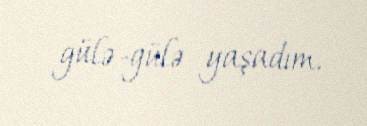
gülə-gülə yaşadım.